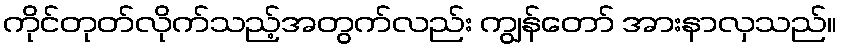
ကိုင်တုတ်လိုက်သည့်အတွက်လည်း ကျွန်တော် အားနာလှသည်။